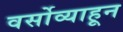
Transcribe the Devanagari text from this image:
वर्सोव्याहून